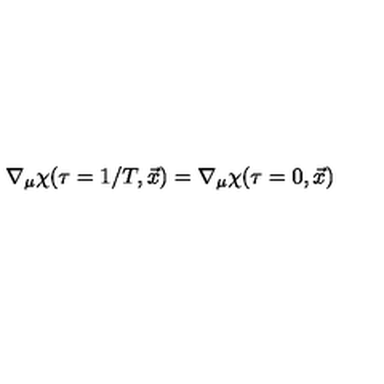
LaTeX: \nabla _ { \mu } \chi ( \tau = 1 / T , \vec { x } ) = \nabla _ { \mu } \chi ( \tau = 0 , \vec { x } )